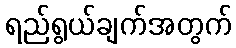
ရည်ရွယ်ချက်အတွက်